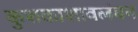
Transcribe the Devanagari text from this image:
कुशकाशावलंबन